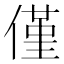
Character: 僅